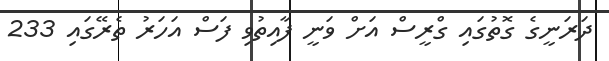
ދަރަނީގެ ގޮތުގައި ގްރީސް އަށް ވަނީ ފާއިތުވި ފަސް އަހަރު ތެރޭގައި 233